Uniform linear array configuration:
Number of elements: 32
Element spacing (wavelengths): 1
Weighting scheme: cosine
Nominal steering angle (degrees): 30
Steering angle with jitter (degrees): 29.247
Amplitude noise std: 0.05
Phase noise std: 0.05

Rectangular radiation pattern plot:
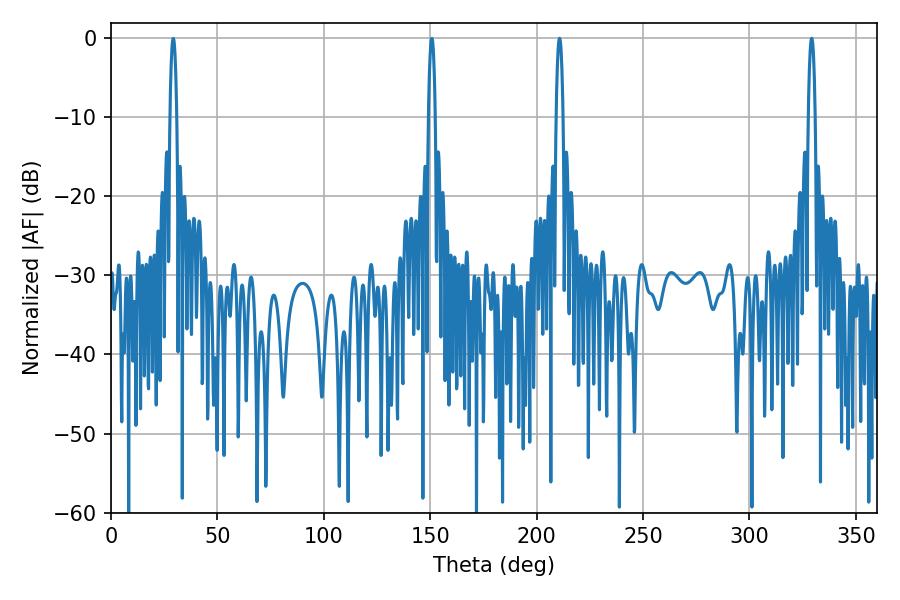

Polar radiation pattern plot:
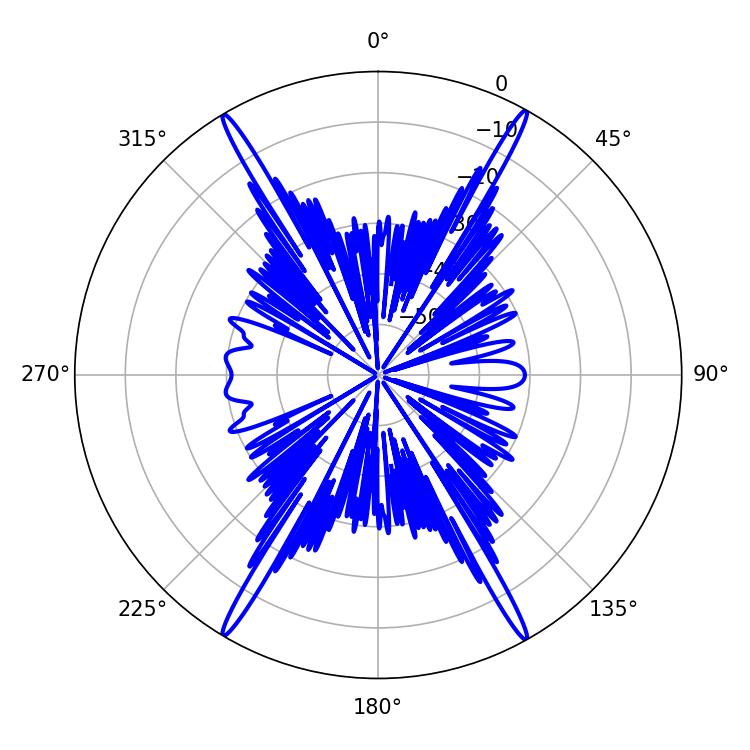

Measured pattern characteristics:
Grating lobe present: TRUE
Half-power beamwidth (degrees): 1.8
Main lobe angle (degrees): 329.22